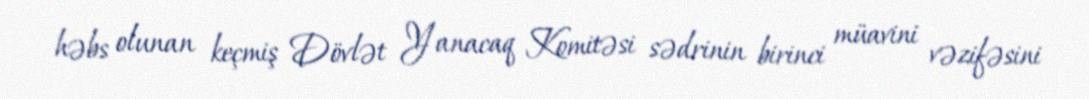
həbs olunan keçmiş Dövlət Yanacaq Komitəsi sədrinin birinci müavini vəzifəsini